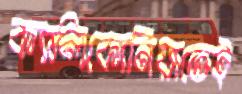
ক্যালিফোর্নিয়াতেই